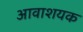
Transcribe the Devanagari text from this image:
आवाशयक